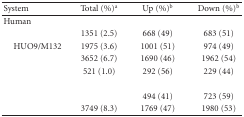
<table><thead><tr><td><b>System</b></td><td><b>Total (%)<sup>a</sup></b></td><td><b>Up (%)<sup>b</sup></b></td><td><b>Down (%)<sup>b</sup></b></td></tr></thead><tbody><tr><td>Human</td><td>[EMPTY_CELL]</td><td>[EMPTY_CELL]</td><td>[EMPTY_CELL]</td></tr><tr><td>[EMPTY_CELL]</td><td>1351 (2.5)</td><td>668 (49)</td><td>683 (51)</td></tr><tr><td> HUO9/M132</td><td>1975 (3.6)</td><td>1001 (51)</td><td>974 (49)</td></tr><tr><td>[EMPTY_CELL]</td><td>3652 (6.7)</td><td>1690 (46)</td><td>1962 (54)</td></tr><tr><td>[EMPTY_CELL]</td><td>521 (1.0)</td><td>292 (56)</td><td>229 (44)</td></tr><tr><td>[EMPTY_CELL]</td><td>[EMPTY_CELL]</td><td>[EMPTY_CELL]</td><td>[EMPTY_CELL]</td></tr><tr><td>[EMPTY_CELL]</td><td>[EMPTY_CELL]</td><td>494 (41)</td><td>723 (59)</td></tr><tr><td>[EMPTY_CELL]</td><td>3749 (8.3)</td><td>1769 (47)</td><td>1980 (53)</td></tr></tbody></table>